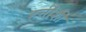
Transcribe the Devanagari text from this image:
हत्तींशी